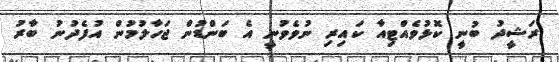
ރަޝީދު ބުނީ ކޮޅުވެއްޓިއާ ކައިރި ނުވެވުނީ އެ ބަންޑުން ޖަހާލުމުން އުފެދުނު ބާރު